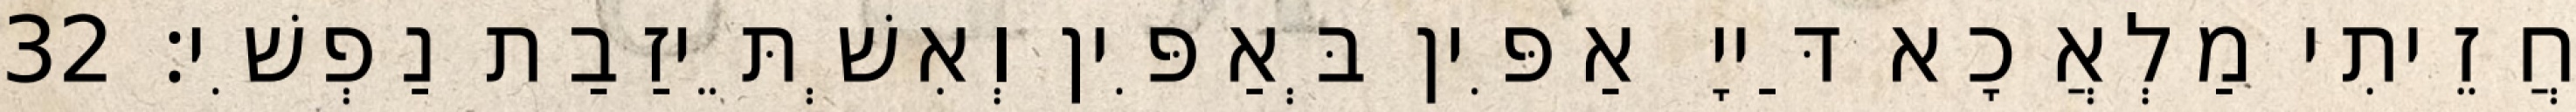
חֲזֵיתִי מַלְאֲכָא דַּייָ אַפִּין בְּאַפִּין וְאִשְׁתֵּיזַבַת נַפְשִׁי׃ 32